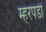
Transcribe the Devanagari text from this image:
म्हरपडी